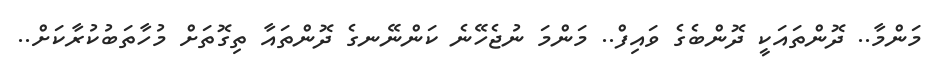
މަންމާ.. ދޮންތައަކީ ދޮންބެގެ ވައިފް.. މަންމަ ނުޖެހޭނެ ކަންނޭނގެ ދޮންތައާ ތިގޮތަށް މުހާތަބުކުރާކަށް..